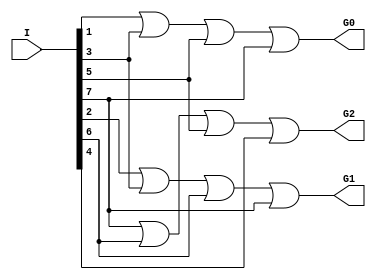
module enco83(I,G0,G1,G2);
input [7:0]I;
output G0,G1,G2;
or g1(G0,I[1],I[3],I[5],I[7]);
or g2(G1,I[2],I[3],I[6],I[7]);
or g3(G2,I[7],I[6],I[5],I[4]);
endmodule